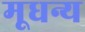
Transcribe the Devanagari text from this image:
मूधन्य